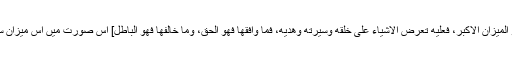
فرماتے ہیں: [ان رسول اللهﷺ ھو المیزان الاكبر، فعلیه تعرض الاشیاء علی خلقه وسیرته وھدیه، فما وافقھا فھو الحق، وما خالفھا فھو الباطل] اس صورت میں اس میزان سے صرف وہی شخص آگاہ ہوگا۔